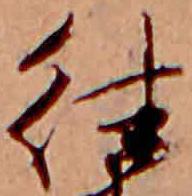
往